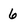
Character: 6